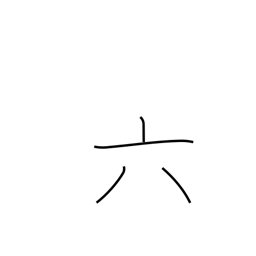
Meaning: six